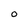
Character: O